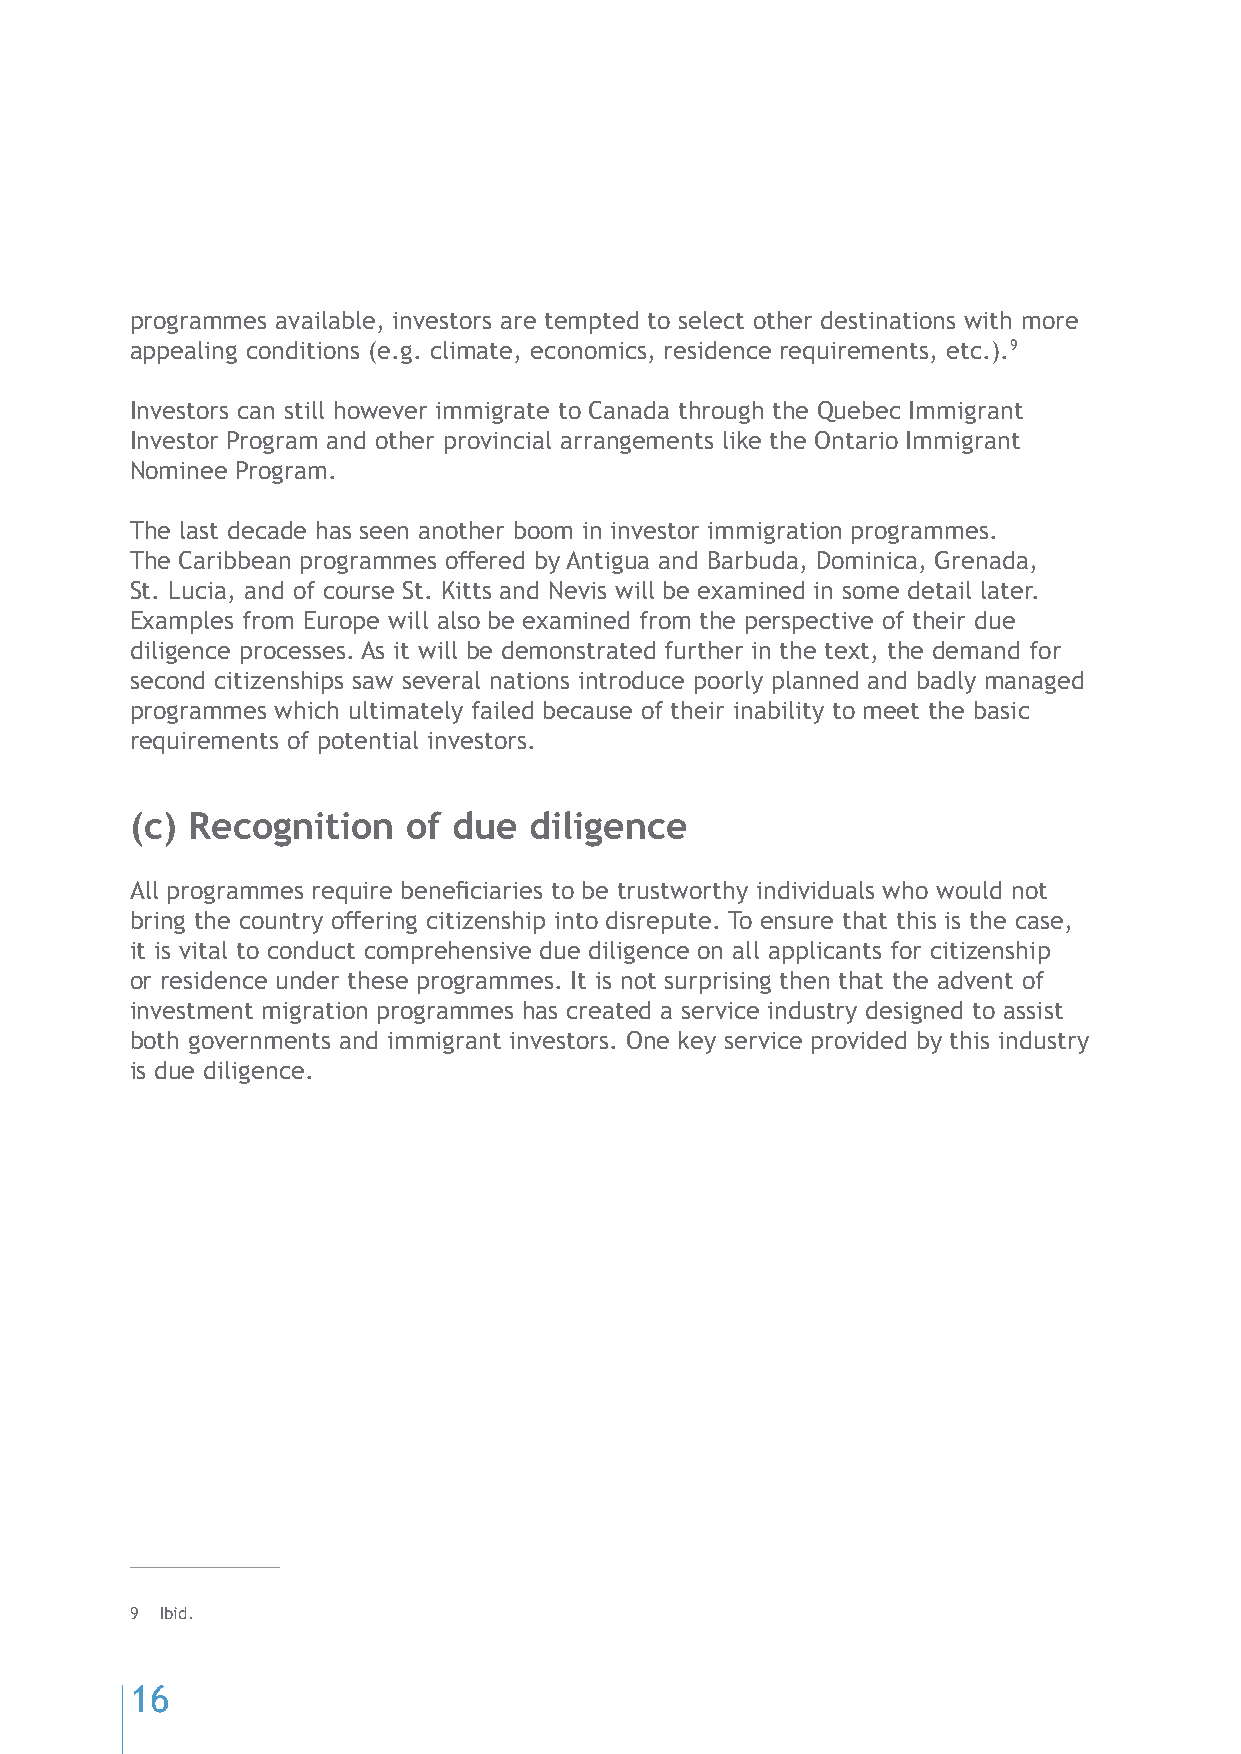
programmes available, investors are tempted to select other destinations with more
 appealing conditions (e.g. climate, economics, residence requirements, etc.).9
 Investors can still however immigrate to Canada through the Quebec Immigrant
 Investor Program and other provincial arrangements like the Ontario Immigrant
 Nominee Program.
 The last decade has seen another boom in investor immigration programmes.
 The Caribbean programmes offered by Antigua and Barbuda, Dominica, Grenada,
 St. Lucia, and of course St. Kitts and Nevis will be examined in some detail later.
 Examples from Europe will also be examined from the perspective of their due
 diligence processes. As it will be demonstrated further in the text, the demand for
 second citizenships saw several nations introduce poorly planned and badly managed
 programmes which ultimately failed because of their inability to meet the basic
 requirements of potential investors.
 (c) Recognition   of due  diligence
 All programmes require beneficiaries to be trustworthy individuals who would not
 bring the country offering citizenship into disrepute. To ensure that this is the case,
 it is vital to conduct comprehensive due diligence on all applicants for citizenship
 or residence under these programmes. It is not surprising then that the advent of
 investment migration programmes has created a service industry designed to assist
 both governments and immigrant investors. One key service provided by this industry
 is due diligence.
 9 Ibid.
 16